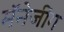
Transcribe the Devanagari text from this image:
मॅनेजींग